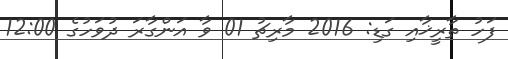
ފަހު ތާރީޚާއި ގަޑި: 2016 މާރިޗު 01 ވާ އަންގާރަ ދުވަހުގެ 12:00